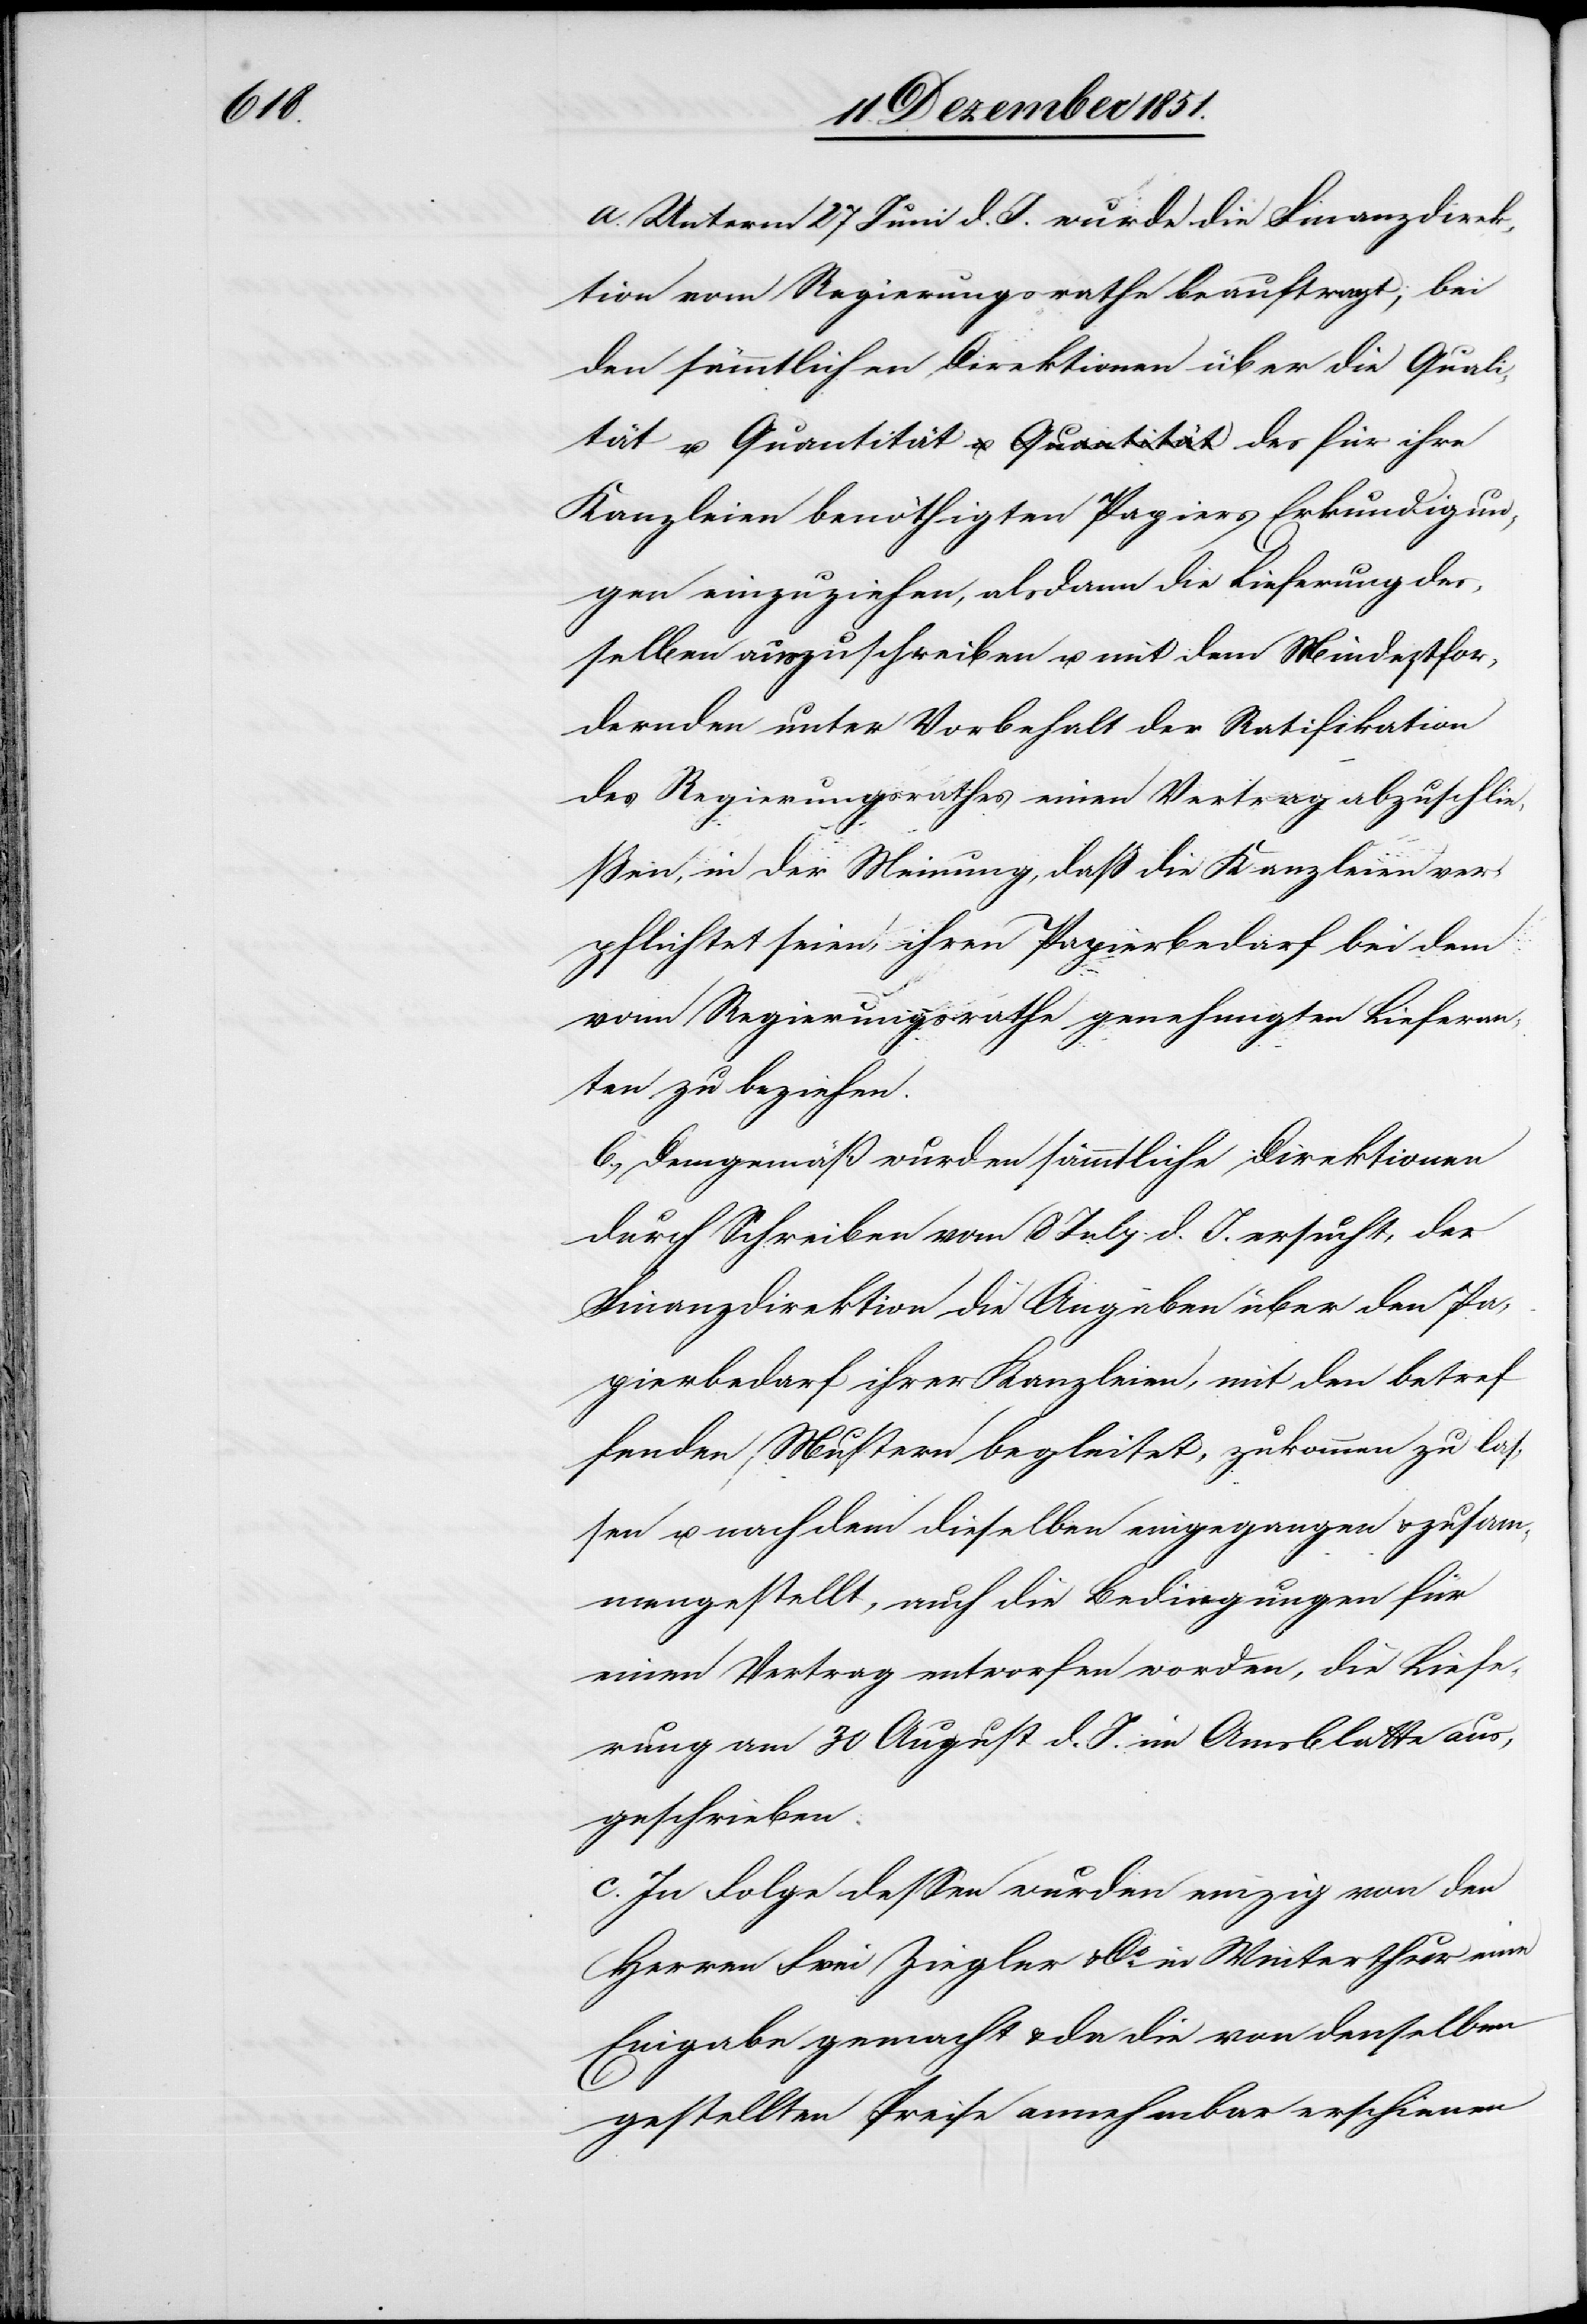
tät

a. Unterm 27 Juni d. J. wurde die Finanzdirek¬
tion vom Regierungsrathe beauftragt; bei
den sämmtlichen Direktionen über die Quali¬
Kanzleien benöthigten Papiers Erkundigun¬
gen einzuziehen, alsdann die Lieferung des¬
selben auszuschreiben u. mit dem Mindestfor¬
dernden unter Vorbehalt der Ratifikation
des Regierungsrathes einen Vertrag abzuschlie¬
ßen, in der Meinung, daß die Kanzleien ver¬
pflichtet seien, ihren Papierbedarf bei dem
vom Regierungsrathe genehmigten Lieferan¬
ten zu beziehen.
b., Demgemäß wurden sämmtliche Direktionen
durch Schreiben vom 8 July d. J. ersucht, der
Finanzdirektion die Angaben über den Pa¬
pierbedarf ihrer Kanzleien, mit den betref¬
fenden Mustern begleitet, zukommen zu las¬
sen u. nachdem dieselben eingegangen & zusam¬
mengestellt, auch die Bedingungen für
einen Vertrag entworfen worden, die Liefe¬
rung am 30 August d. J. im Am[t]sblatte aus¬
geschrieben.
c. In Folge dessen wurden einzig von den
Herren Frei Ziegler & Co. in Winterthur eine
Eingabe gemacht & da die von denselben
gestellten Preise annehmbar erschienen